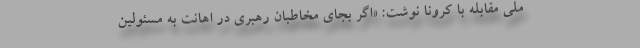
ملی مقابله با کرونا نوشت: «اگر بجای مخاطبان رهبری در اهانت به مسئولین